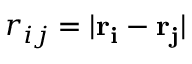
r _ { i j } = | \mathbf { r _ { i } } - \mathbf { r _ { j } } |